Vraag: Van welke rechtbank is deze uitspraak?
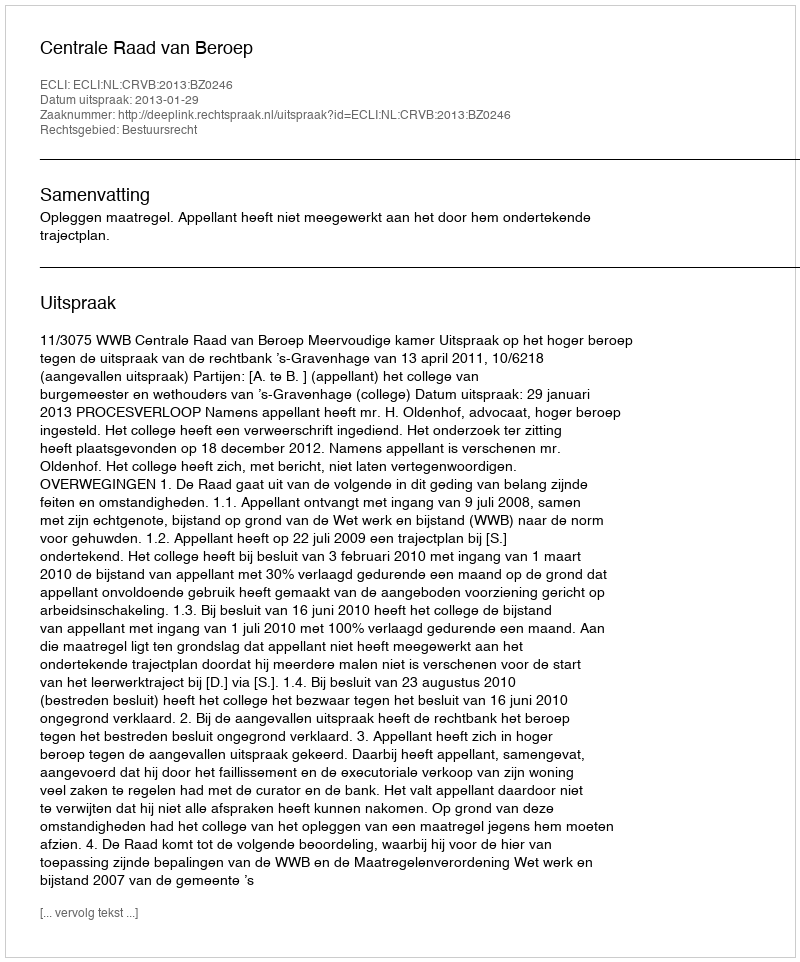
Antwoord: Centrale Raad van Beroep